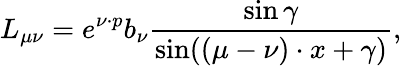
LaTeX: L_{\mu\nu}=e^{\nu\cdot p}b_{\nu}\frac{\sin\gamma}{\sin((\mu-\nu)\cdot x+\gamma)},